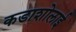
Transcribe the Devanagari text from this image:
कडाशोलाई